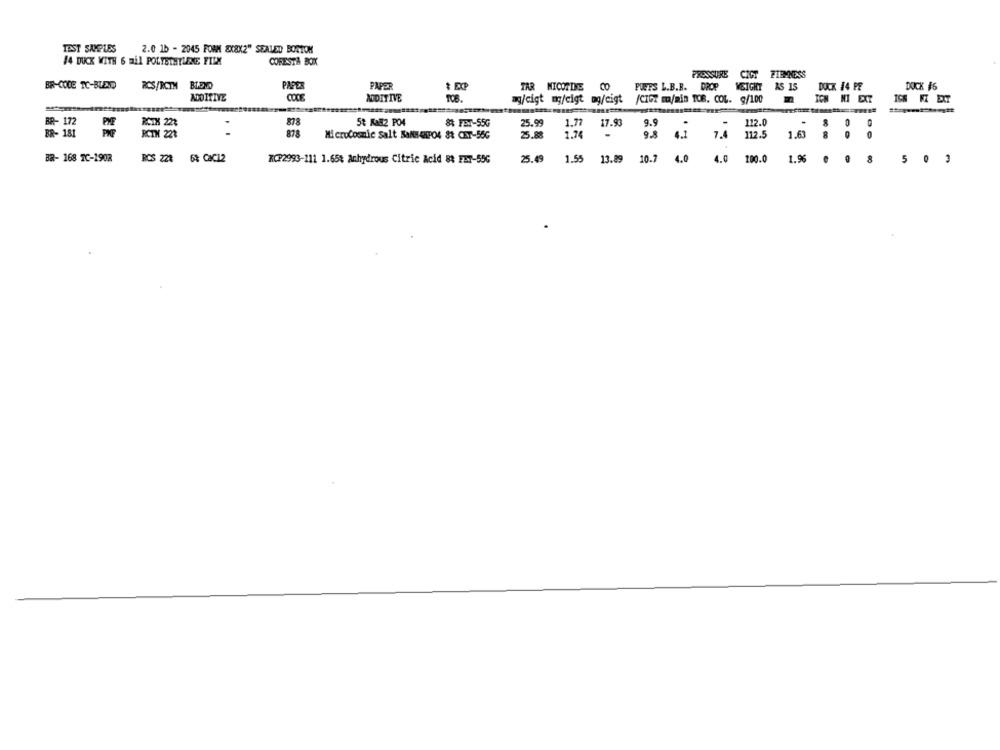
TEST SAMPLES
2.0 1b - 2045 FOAM 8X8X2" SEALED BORTOK
14 DUCK WITH 6 mil POLYETHYLENE FILM
CORESTA BOX
PRESSURE CIGT FIRMNESS
BR-CODE TC-BLES
RCS/RCTH BLEND
PAPER
PAPER
* EXP
TAR NICOTINE CO
PUETS L.B.B. DROP WEIGHT AS 15
DUCK 14 PE
DOCK #6
ADDITIVE
NODITIVE
ICH FZ EXT
TOB.
ag/cigt mg/cigt ug/cigt
/CIGT m/min TOB. COL. g/100
ICH MI EXT
-
BR- 172
RCTX 22%
878
5& Ka#2 PO4
& FET-55G
25.99
1.77
17.93
9.9
.
-
112.0
8
BR- 181
RCIH 221
878
Mi crocosmic Salt Sans 4HPO4 &t CET-56G
75.88
1.74
9.8
4.1
7.4 112.5
1.63
0
BR- 168 TC-1908
RCS 228 6% CaC12
25.49
WCP2993-111 1.65% Anhydrous Citric Acid 83 FET-55G
1.55
13.89
10.7
4.0
4.0 100.0
1.9%
. . .
5